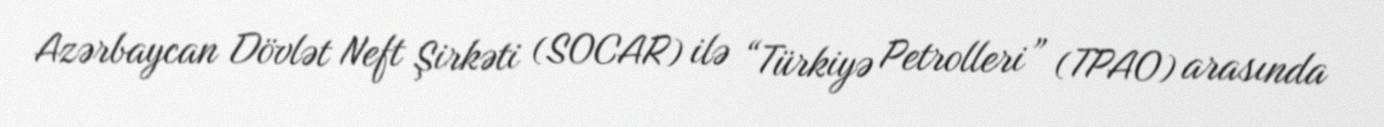
Azərbaycan Dövlət Neft Şirkəti (SOCAR) ilə “Türkiyə Petrolleri” (TPAO) arasında